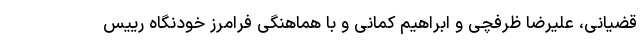
قضیانی، علیرضا ظرفچی و ابراهیم کمانی و با هماهنگی فرامرز خودنگاه رییس